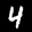
Label: 4